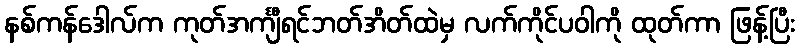
နစ်ကန်ဒေါလ်က ကုတ်အင်္ကျီရင်ဘတ်အိတ်ထဲမှ လက်ကိုင်ပဝါကို ထုတ်ကာ ဖြန့်ပြီး